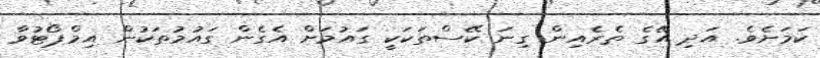
ކަމަށެވެ. އަދި އޭގެ ތެރެއިން ގިނަ ކޭސްތަކަކީ ގައުމަށް އެގެން ގައުމުތަކުން އިމްޕޯޓުވާ